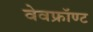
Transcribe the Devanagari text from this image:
वेवफ्रॉण्ट